Medical and sanitary report of the native army of Bengal for the year
Year: 1875
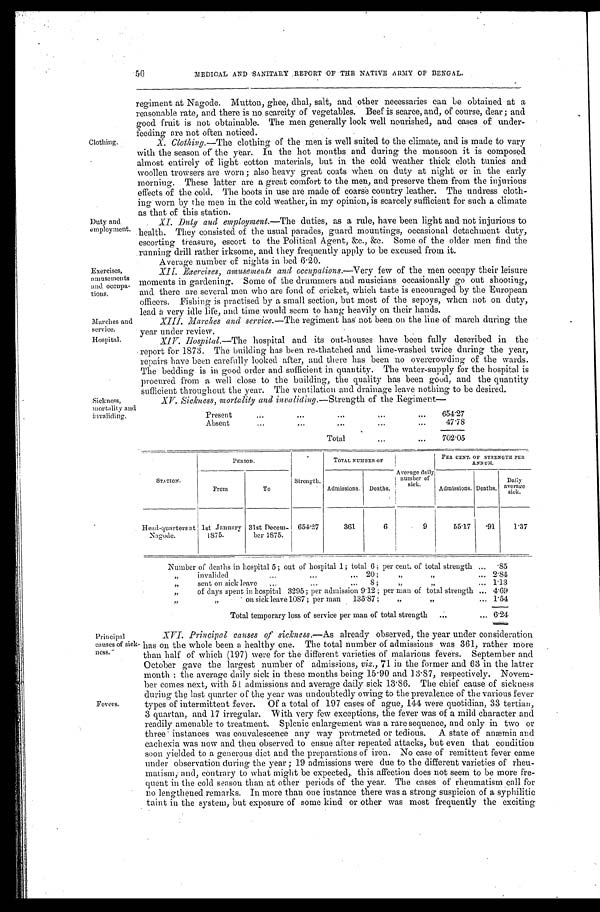
MEDICAL AND SANITARY REPORT OF THE NATIVE ARMY OF BENGAL.
Clothing.
Duty and
employment.
Exercises,
amusements
and occupa
-tions.
regiment at Nagode. Mutton, ghee, dhal, salt, and other necessaries can be obtained at a
reasonable rate, and there is no scarcity of vegetables. Beef is scarce, and, of course, dear; and
good fruit is not obtainable. The men generally look well nourished, and cases of under
-feeding are not often noticed.
X. Clothing.— The clothing of the men is well suited to the climate, and is made to vary
with the season of the year. In the hot months and during the monsoon it is composed
almost entirely of light cotton materials, but in the cold weather thick cloth tunics and
woollen trowsers are worn; also heavy great coats when on duty at night or in the early
morning. These latter are a great comfort to the men, and preserve them from the injurious
effects of the cold. The boots in use are made of coarse country leather. The undress cloth
-ing worn by the men in the cold weather, in my opinion, is scarcely sufficient for such a climate
as that of this station.
XI. Duty and employment.—The duties, as a rule, have been light and not injurious to
health. They consisted of the usual parades, guard mountings, occasional detachment duty,
escorting treasure, escort to the Political Agent, &c., &c. Some of the older men find the
running drill rather irksome, and they frequently apply to be excused from it.
Average number of nights in bed 6.20.
XII. Exercises, amusements and occupations.—Very few of the men occupy their leisure
moments in gardening. Some of the drummers and musicians occasionally go out shooting;
and there are several men who are fond of cricket, which taste is encouraged by the European
officers. Fishing is practised by a small section, but most of the sepoys, when not on duty;
lend n very idle life, and time would seem to hang heavily on their hands.
Marches and
service.
Hospital.
Sickness,
mortality and
invaliding.
XIII. Marches and service.— The regiment has not been on the line of march during the
year under review.
XIV. Hospital.—The hospital and its out-houses have been fully described in the
report for 1873. The building has been re-thatched and lime-washed twice during the year,
repairs have been carefully looked after, and there has been no overcrowding of the wards.
The bedding is in good order and sufficient in quantity. The water-supply for the hospital is
procured from a well close to the building, the quality has been good, and the quantity
sufficient throughout the year. The ventilation and drainage leave nothing to be desired.
XV.Sickness, mortality and invaliding.— Strength of the Regiment—
Present
.
.
.
654.27
A b s e n t . . .
47.78
Total . . .
702.05
S T A T I O N .
PERIOD.
Strength.
TOTAL NUMBER OF
Average daily
number of
sick.
PER CENT. OF STRENGTH PER
ANNUM.
From
To
Admissions. Deaths.
Admissions. Deaths.
Daily
average sick.
Head-quarters at
Nagode.
1st January
1875.
31st Decem-
ber 1875.
654.27
361
6
9
55.17
.91
1.37
Number of deaths in hospital 5 ; out of hospital 1; total 6 ; per cent. of total strength . . . .85
" i n v a l i d e d . . . 2 0 ;
" " . . . 2.84
"
sent on sick leave 8; " " . . . 1.13
" of days spent in hospital 3295; per admission 9.12 ; per man of total strength . . . 4.69
" " on sick leave 1087; per man 135.87; " " . . . 1.54
Total temporary loss of service per man of total strength . . . 6.24
Principal
causes of sick
-ness.
Fevers.
XVI. Principal causes of sickness.— As already observed, the year under consideration
has on the whole been a healthy one. The total number of admissions was 361, rather more
than half of which (197) were for the different varieties of malarious fevers. September and
October gave the largest number of admissions, viz., 71 in the former and 63 in the latter
month the average daily sick in these months being 15.90 and 13.87, respectively. Novem
-ber comes next, with 51 admissions and average daily sick 13.86. The chief cause of sickness
during the last quarter of the year was undoubtedly owing to the prevalence of the various fever
types of intermittent fever. Of a total of 197 cases of ague, 144 were quotidian, 33 tertian,
3 quartau, and 17 irregular.With very few exceptions, the fever was of a mild character and
readily amenable to treatment. Splenic enlargement was a rare sequence, and only in two or
three instances was convalescence any way protracted or tedious. A state of anæmia and
each exia was now and then observed to ensue after repeated attacks, but even that condition
soon yielded to a generous diet and the preparations of iron. No case of remittent fever came
under observation during the year; 19 admissions were due to the different varieties of rheu
-matism, and, contrary to what might be expected,. this affection does not seem to be more fre
-quent in the cold season than at other periods of the year. The cases of rheumatism call for
no lengthened remarks. In more than one instance there was a strong suspicion of a syphilitic
taint in the system, but exposure of some kind or other was most frequently the exciting